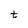
Character: t